Report on vaccination North-West Frontier Province 1904-1922 - 1904-1922
Year: 1904
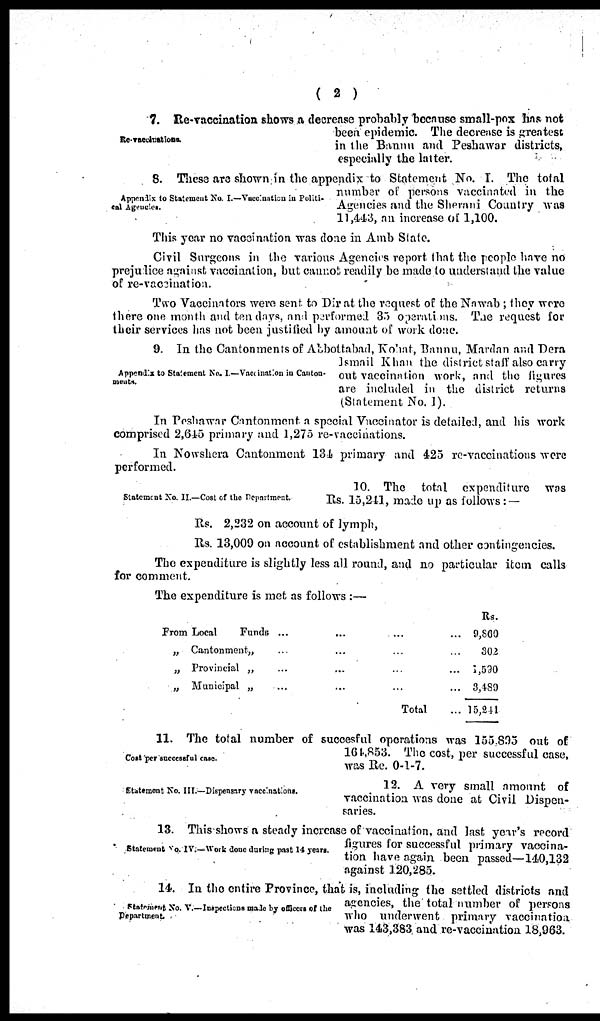
( 2 )
Re-vaccinations.
7. Re-vaccination shows a decrease probably because small-pox has not
been epidemic. The decrease is greatest
in the Bannu and Peshawar districts,
especially the latter.
Appendix to Statement No. I.—Vaccination in Politi¬
cal Agencies.
8. These are shown in the appendix to Statement No. I. The total
number of persons vaccinated in the
Agencies and the Sherani Country was
11,443, an increase of 1,100.
This year no vaccination was done in Amb State.
Civil Surgeons in the various Agencies report that the people have no
prejudice against vaccination, but cannot readily be made to understand the value
of re-vaccination.
Two Vaccinators were sent to Dir at the request of the Nawab; they were
there one month and ten days, and performed 35 operations. The request for
their services has not been justified by amount of work done.
Appendix to Statement No. I. —Vaccination in Canton¬
ments.
9. In the Cantonments of Abbottabad, Kohat, Bannu, Mardan and Dera
Ismail Khan the district staff also carry
out vaccination work, and the figures
are included in the district returns
(Statement No. I).
In Peshawar Cantonment a special Vaccinator is detailed, and his work
comprised 2,645 primary and 1,275 re-vaccinations.
In Nowshera Cantonment 134 primary and 425 re-vaccinations were
performed.
Statement No. II.—Cost of the Department.
10. The total expenditure was
Rs. 15,241, made up as follows:—
Rs. 2,232 on account of lymph,
Rs. 13,009 on account of establishment and other contingencies.
The expenditure is slightly less all round, and no particular item calls
for comment.
The expenditure is met as follows :—
From Local
Funds ... ... ... ...
„ Cantonment „ ... ... ... ...
„ Provincial „ ... ... ... ...
„ Municipal „ ... ... ... ...
Total ...
Rs.
9,860
302
1,590
3,489
15,241
Cost per successful case.
11. The total number of succesful operations was 155,895 out of
164,853. The cost, per successful case,
was Re. 0-1-7.
Statement No. III.—Dispensary vaccinations.
13. A very small amount of
vaccination was done at Civil Dispen-
saries.
Statement No. IV.—Work done during past 14 years.
13. This shows a steady increase of vaccination, and last year's record
figures for successful primary vaccina-
tion have again been passed—140,132
against 120,285.
Statement No. V.—Inspections made by officers of the
Department.
14. In the entire Province, that is, including the settled districts and
agencies, the total number of persons
who underwent primary vaccination
was 143,383 and re-vaccination 18,963.